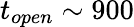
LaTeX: t_{open}\sim 900